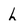
Character: L